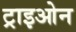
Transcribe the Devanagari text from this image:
ट्राइओन